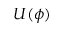
U ( \phi )